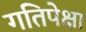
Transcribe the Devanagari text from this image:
गतिपेक्षा